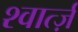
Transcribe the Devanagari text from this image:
श्वार्त्ज़